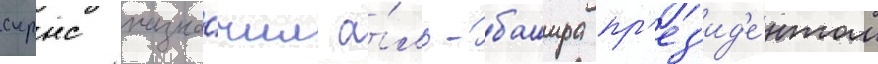
скрнс назна́чил а́ль-башира пр'ез'ид'е́нтом